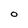
Character: 0